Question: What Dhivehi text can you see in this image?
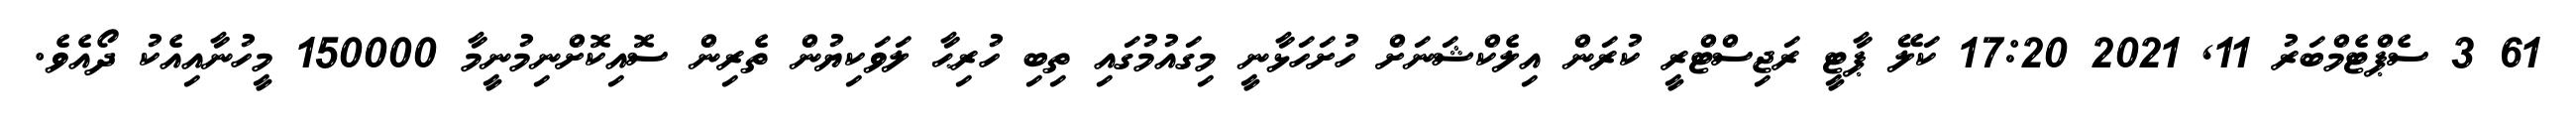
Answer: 61 3 ސެޕްޓެމްބަރު 11, 2021 17:20 ކަލޭ ޕާޓީ ރަޖިސްޓްރީ ކުރަން އިލެކްޝަނަށް ހުށަހަޅާނީ މިގައުމުގައި ތިބި ހުރިޙާ ލަވަކިޔުން ތެރިން ސޮއިކޮށްނިމުނީމާ 150000 މީހުނާއިއެކު ދޯއެވެ.